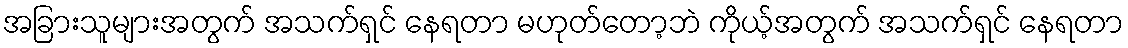
အခြားသူများအတွက် အသက်ရှင် နေရတာ မဟုတ်တော့ဘဲ ကိုယ့်အတွက် အသက်ရှင် နေရတာ